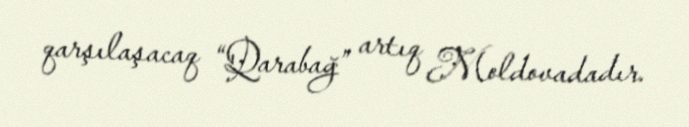
qarşılaşacaq “Qarabağ” artıq Moldovadadır.